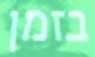
בזמן